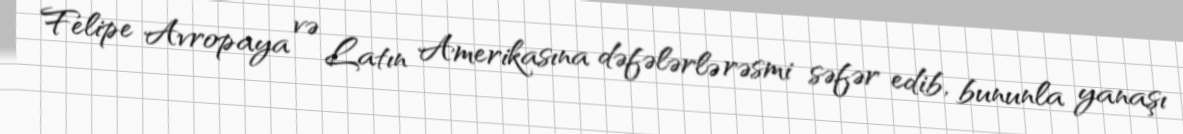
Felipe Avropaya və Latın Amerikasına dəfələrlə rəsmi səfər edib, bununla yanaşı